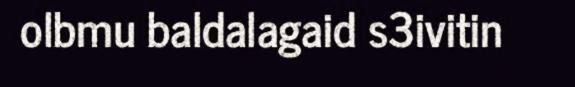
olbmu baldalagaid s3ivitin